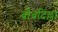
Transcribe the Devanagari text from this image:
बोबदिल्ला